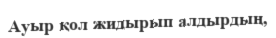
Ауыр қол жидырып алдырдың,